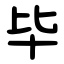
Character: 毕